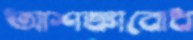
আশঙ্কাবোধ